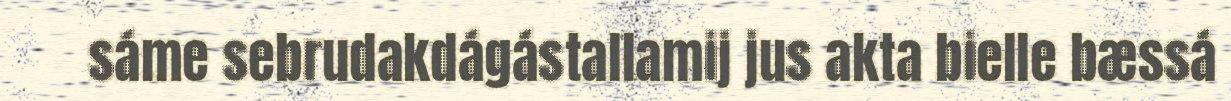
sáme sebrudakdágástallamij jus akta bielle bæssá